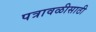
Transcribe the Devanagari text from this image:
पत्रावळीसाठी